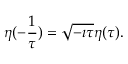
\eta ( - \frac 1 \tau ) = \sqrt { - \imath \tau } \eta ( \tau ) .